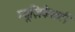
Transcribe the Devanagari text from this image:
म्यूज़िकैलटी